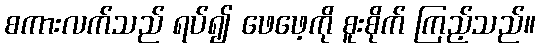
စကားလက်သည် ရပ်၍ ဖေဖေ့ကို စူးစိုက် ကြည့်သည်။